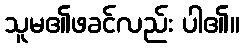
သူမ၏ဖခင်လည်း ပါ၏။